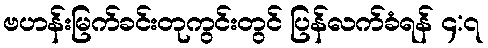
ဗဟန်းမြက်ခင်းတုကွင်းတွင် ပြန်လက်ခံရန် ၄:၇